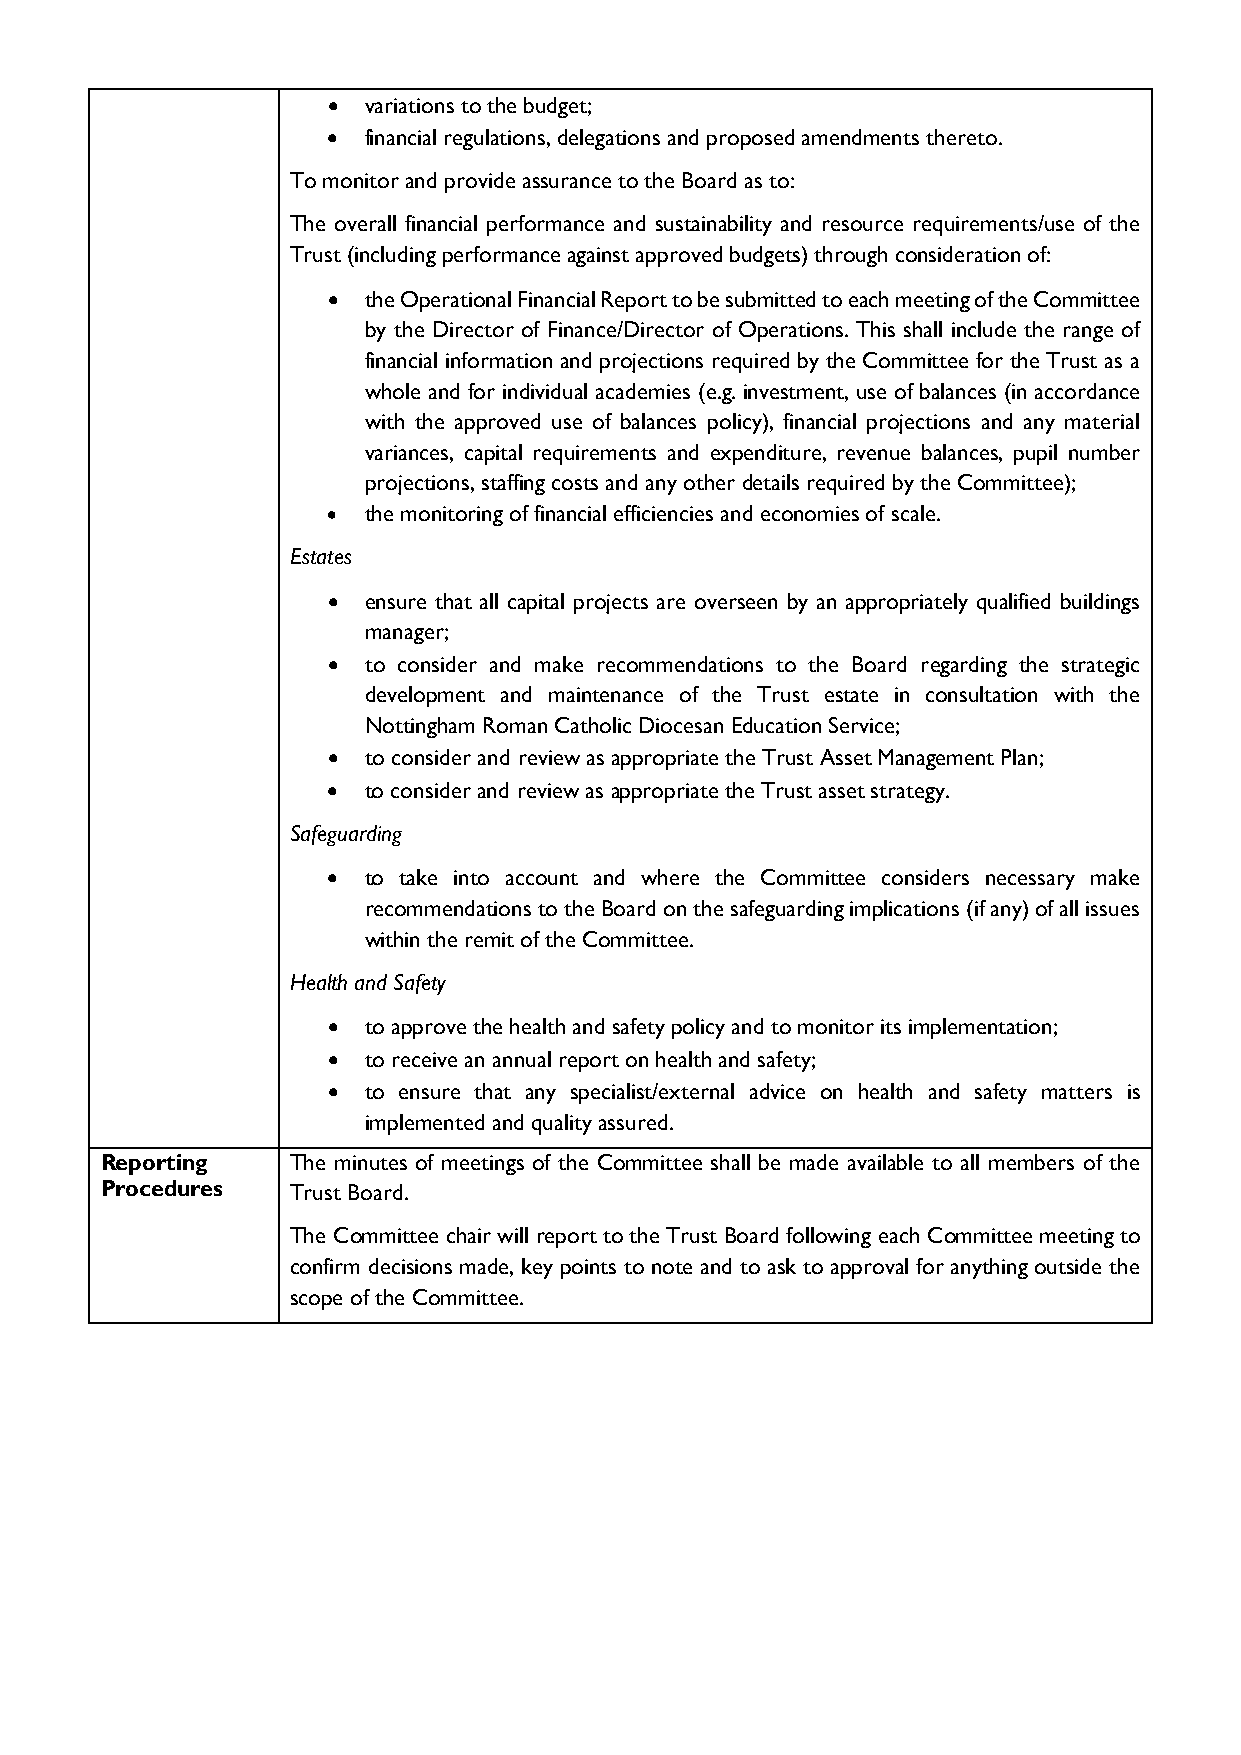
• variations to the budget;
 • financial regulations, delegations and proposed amendments thereto.
 To monitor and provide assurance to the Board as to:
 The overall financial performance and sustainability and resource requirements/use of the
 Trust (including performance against approved budgets) through consideration of:
 • the Operational Financial Report to be submitted to each meeting of the Committee
 by the Director of Finance/Director of Operations. This shall include the range of
 financial information and projections required by the Committee for the Trust as a
 whole and for individual academies (e.g. investment, use of balances (in accordance
 with the approved use of balances policy), financial projections and any material
 variances, capital requirements and expenditure, revenue balances, pupil number
 projections, staffing costs and any other details required by the Committee);
 • the monitoring of financial efficiencies and economies of scale.
 Estates
 • ensure that all capital projects are overseen by an appropriately qualified buildings
 manager;
 • to consider and make recommendations to the Board regarding the strategic
 development and maintenance of the Trust estate in consultation with the
 Nottingham Roman Catholic Diocesan Education Service;
 • to consider and review as appropriate the Trust Asset Management Plan;
 • to consider and review as appropriate the Trust asset strategy.
 Safeguarding
 • to take into account and where the Committee considers necessary make
 recommendations to the Board on the safeguarding implications (if any) of all issues
 within the remit of the Committee.
 Health and Safety
 • to approve the health and safety policy and to monitor its implementation;
 • to receive an annual report on health and safety;
 • to ensure that any specialist/external advice on health and safety matters is
 implemented and quality assured.
 Reporting   The minutes of meetings of the Committee shall be made available to all members of the
 Procedures  Trust Board.
 The Committee chair will report to the Trust Board following each Committee meeting to
 confirm decisions made, key points to note and to ask to approval for anything outside the
 scope of the Committee.